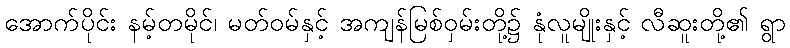
အောက်ပိုင်း နမ့်တမိုင်၊ မတ်ဝမ်နှင့် အကျန်မြစ်ဝှမ်းတို့၌ နုံလူမျိုးနှင့် လီဆူးတို့၏ ရွာ